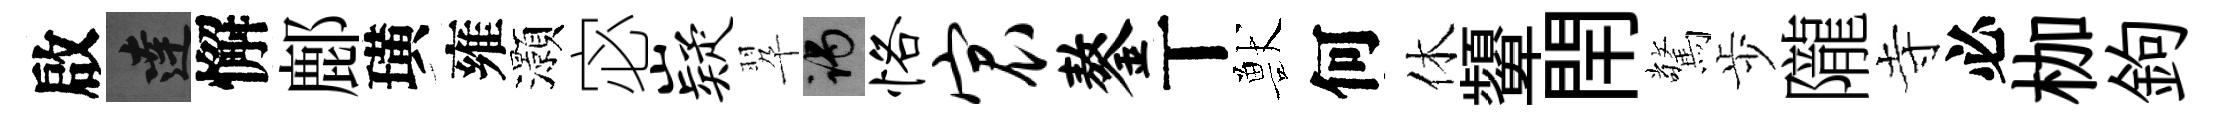
啟達懈鄜璜雍灝宓嶷翆谒恪宸鏊丅獸何休顰閈驚歩隴寺必枷鉤